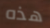
هذه